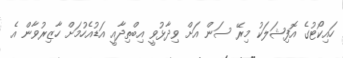
ހައިކޯޓުގެ އޮފިޝަލަކު މިރޭ ސަން އަށް ވިދާޅުވީ އިބްތިދާއީ އަޑުއެހުމަށް ހާޒިރުވާން އެ